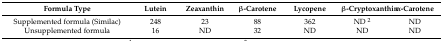
| Formula Type | Lutein | Zeaxanthin | β-Carotene | Lycopene | β-Cryptoxanthin | α-Carotene |
 | --- | --- | --- | --- | --- | --- | --- |
 | Supplemented formula (Similac) | 248 | 23 | 88 | 362 | ND 2 | ND |
 | Unsupplemented formula | 16 | ND | 32 | ND | ND | ND |